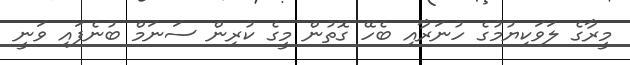
މީރާގެ ލަވަކިޔުމުގެ ހުނަރާއި ބެހޭ ގޮތުން މީގެ ކުރިން ސަނަމް ބުނެފައި ވަނީ